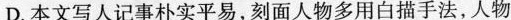
D.本文写人记事朴实平易，刻面人物多用白描手法，人物